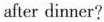
after dinner?